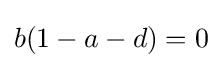
b(1-a-d)=0